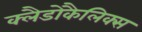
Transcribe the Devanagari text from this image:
क्लैडोकैलिक्स